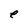
Character: e